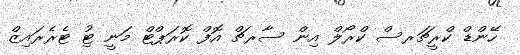
ހޭންޑް ކްރީޗަރސް ކްރޯލް އިން ސާރޗް އޮފް ކޮރަޕްޓް މަނީ ޓިު ޓެރެރައިޒް